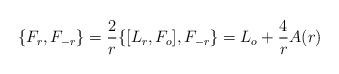
LaTeX: \begin{align*}\{ F_r , F_{-r}\} = \frac{2}{r}\{ [L_r ,F_o], F_{-r}\} =L_o + \frac{4}{r} A(r)\end{align*}